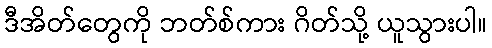
ဒီအိတ်တွေကို ဘတ်စ်ကား ဂိတ်သို့ ယူသွားပါ။